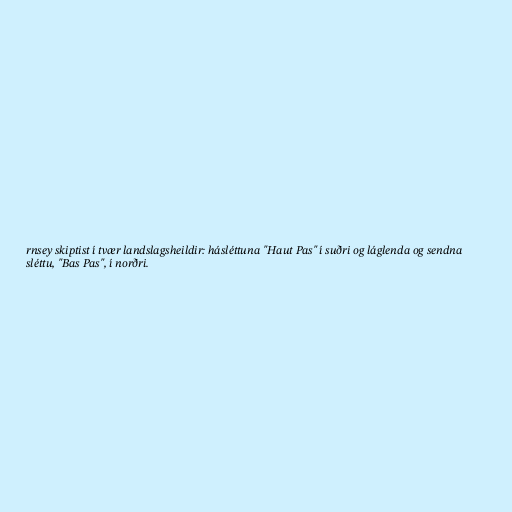
rnsey skiptist í tvær landslagsheildir: hásléttuna "Haut Pas" í suðri og láglenda og sendna
sléttu, "Bas Pas", í norðri.